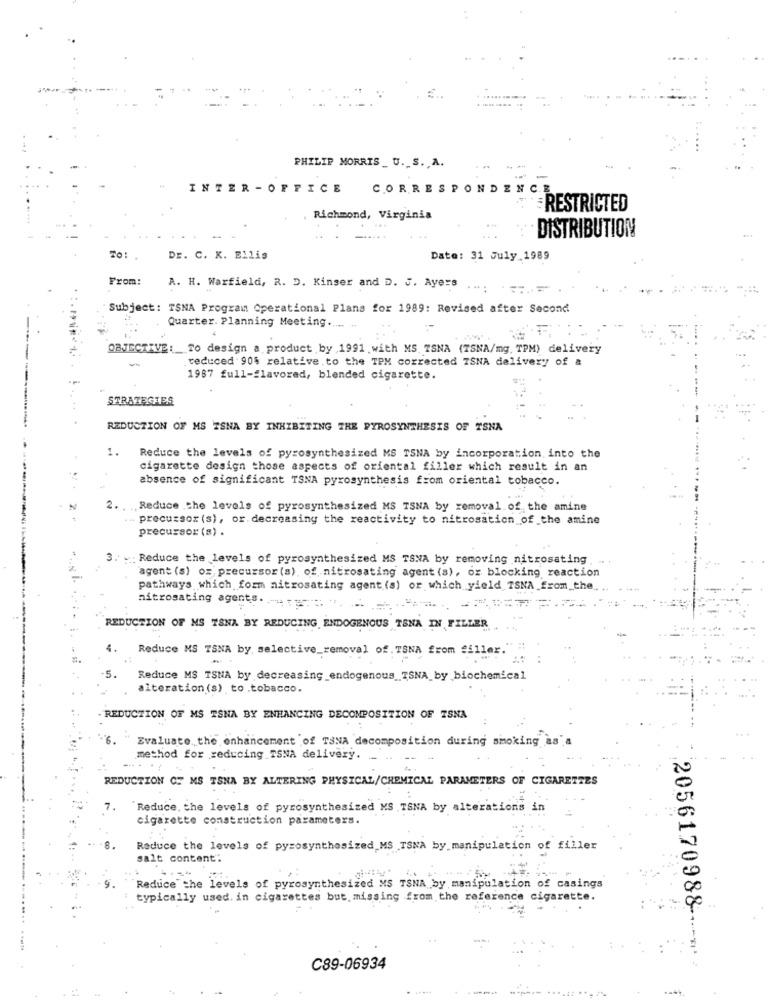
PHILIP MORRIS _ U. S. A.
INTER -OFFICE
CORRESPONDENCE
RESTRICTED
Richmond, Virginia
DISTRIBUTION
Dr. C. K. Ellis
Date: 31 July 1989
From:
A. H. Warfield, R. D. Kinser and D. J. Ayers
===
Subject: TSNA Program Operational Plans for 1989: Revised after Second
Quarter. Planning Meeting ..... ..
OBJECTIVE: To design a product by 1991 with MS TSNA (TSNA/mg. TPM) delivery
-
.reduced 90% relative.to the TPM corrected ISNA delivery of &
1987 full-flavored, blended cigarette.
STRATEGIES
REDUCTION OF MS ISNA BY INHIBITING THE PYROSYNTHESIS OF TSNA
1.
Reduce the levels of pyrosynthesized MS TSNA by incorporation into the
cigarette design those aspects of oriental filler which result in an
absence of significant TSNA pyrosynthesis from oriental tobacco.
2. . ., Reduce the levels of pyrosynthesized MS TSNA by removal of the amine
... precursor (s), or. decreasing the reactivity to nitrosation of the amine
precursor (s) .
... Reduce the levels of pyrosynthesized MS TSNA by removing nitrosating
...
agent (s) oz precursor (s), of nitrosating agent (s), or blocking reaction
pathways which form nitrosating agent (s) or which yield TSNA from_the.
nitrosating agents. -
REDUCTION OF MS TSNA BY REDUCING ENDOGENOUS TSNA IN FILLER
Reduce MS TSNA by, selective_removal of.TSNA from faller."
-5.
Reduce MS TSNA by decreasing_endogenous ISNA_by_biochemical
alteration (s) to .tobacco.
REDUCTION OF MS TSNA BY ENHANCING DECOMPOSITION OF TSNA
Evaluate the enhancement of TSNA decomposition during smoking as a
method for reducing TSNA delivery.
REDUCTION OF MS TSNA BY ALTERING PHYSICAL/CHEMICAL PARAMETERS OF CIGARETTES
7.
'Reduce, the levels of pyrosynthesized MS TSNA by alterations in
cigarette construction parameters.
.8.
Reduce the levels of pysosynthesized MS TSNA by manipulation of filler
salt content".
Reduce the levels of pyrosynthesized MS TSNA by manipulation of casings
typically used. in cigarettes but missing from the reference cigarette
2056170988-
C89-06934